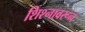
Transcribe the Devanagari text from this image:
शिश्नावरून